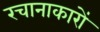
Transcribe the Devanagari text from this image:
रचानाकारों